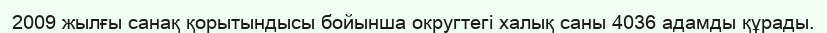
2009 жылғы санақ қорытындысы бойынша округтегі халық саны 4036 адамды құрады.